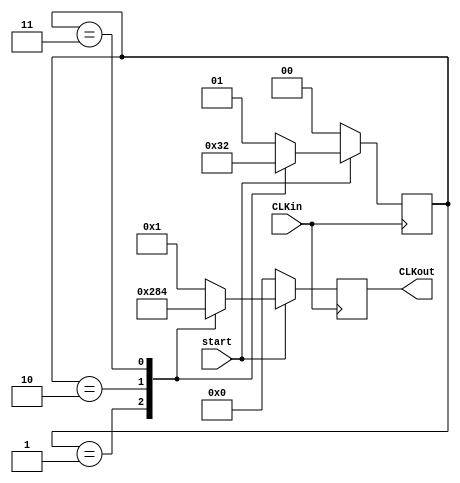
module CLKmaker(CLKin,CLKout,start);

	input start,CLKin;
	output reg [3:0]CLKout;
	reg [1:0] step;
	
	initial begin
		step=2'b0;
	end
	
	
	always@(posedge CLKin) begin
		if(!start) begin
			step=2'h0;
			CLKout=4'h0;
		end		
		else begin
			//00->01->11->10
			case (step)
				2'b01:  begin
					step=2'd3;CLKout=4'h2;
				end
				2'b10:	begin
					step=2'd0;CLKout=4'h8;
				end
				2'b11:	begin
					step=2'd2;CLKout=4'h4;
				end
				default: begin
					step=2'd1;CLKout=4'h1;
				end
			endcase
		end
	end
endmodule